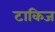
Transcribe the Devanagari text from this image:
टाकिज